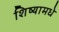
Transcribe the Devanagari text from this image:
शिष्यामधे